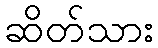
ဆိတ်သား